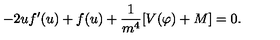
- 2 u f ^ { \prime } ( u ) + f ( u ) + \frac { 1 } { m ^ { 4 } } [ V ( \varphi ) + M ] = 0 .